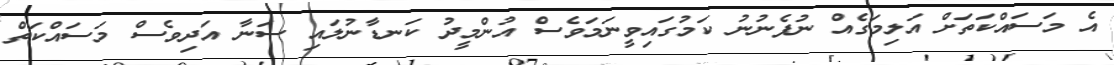
އެ މަސައްކަތަށް އަލިމަގެއް ނުފެނުނު ކަމުގައިވީނަމަވެސް އުންމީދު ކަނޑާނުލަައި ސަނާ އަދިވެސް މަސައްކަތް